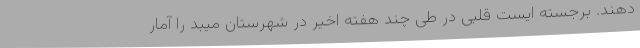
دهند. برجسته ایست قلبی در طی چند هفته اخیر در شهرستان میبد را آمار